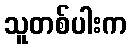
သူတစ်ပါးက